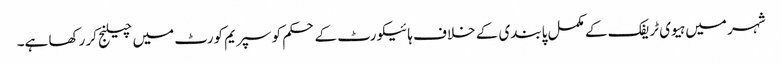
شہر میں ہیوی ٹریفک کے مکمل پابندی کے خلاف ہائیکورٹ کے حکم کو سپریم کورٹ میں چیلنج کر رکھا ہے۔